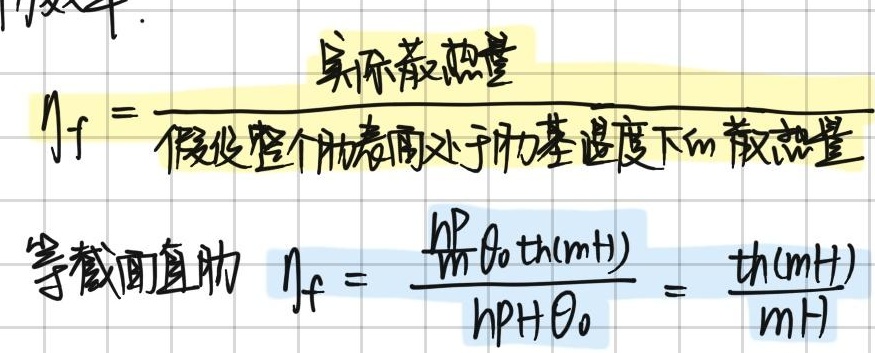
$\eta_{f}=\frac{\text{实际散热量}}{\text{假设整个肋表面处于肋基温度下的散热量}}$

等截面直肋，$\eta_{f}=\frac{\frac{hP}{m}\theta_{0}\text{th}(mH)}{hPH\theta_{0}}=\frac{\text{th}(mH)}{mH}$